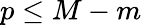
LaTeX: p\leq M-m